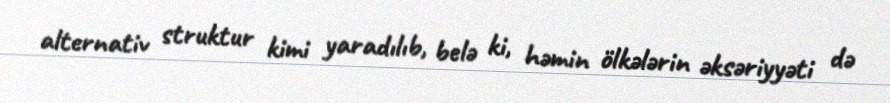
alternativ struktur kimi yaradılıb, belə ki, həmin ölkələrin əksəriyyəti də